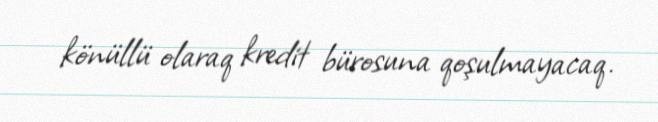
könüllü olaraq kredit bürosuna qoşulmayacaq.